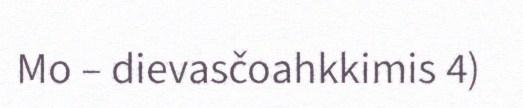
Mo – dievasčoahkkimis 4)